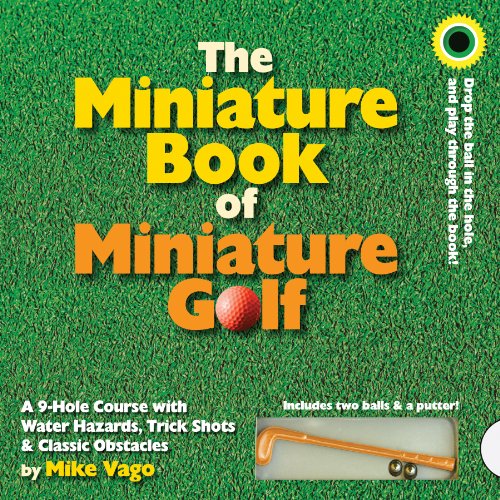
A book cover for The Miniature Book of Miniature Golf; Mike Vago; Humor & Entertainment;